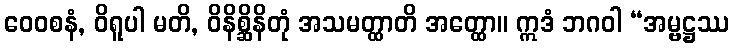
ဝေဝစနံ, ဝိရူပါ မတိ, ဝိနိစ္ဆိနိတုံ အသမတ္ထာတိ အတ္ထော။ ဣဒံ ဘဂဝါ “အမ္ဗဋ္ဌဿ